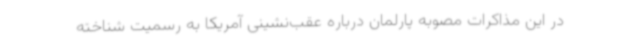
در این مذاکرات مصوبه پارلمان درباره عقب‌نشینی آمریکا به رسمیت شناخته